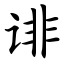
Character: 诽